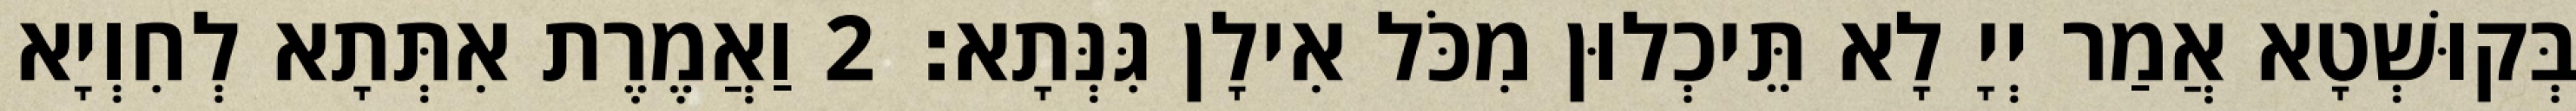
בְּקוּשְׁטָא אֲמַר יְיָ לָא תֵּיכְלוּן מִכֹּל אִילָן גִּנְּתָא׃ 2 וַאֲמֶרֶת אִתְּתָא לְחִוְיָא